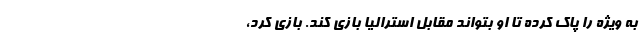
به ویژه را پاک کرده تا او بتواند مقابل استرالیا بازی کند. بازی کرد،